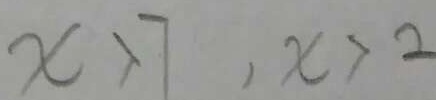
x > 7 , x > 2